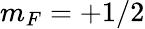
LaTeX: m_{F}=+1/2